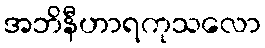
အဘိနီဟာရကုသလော